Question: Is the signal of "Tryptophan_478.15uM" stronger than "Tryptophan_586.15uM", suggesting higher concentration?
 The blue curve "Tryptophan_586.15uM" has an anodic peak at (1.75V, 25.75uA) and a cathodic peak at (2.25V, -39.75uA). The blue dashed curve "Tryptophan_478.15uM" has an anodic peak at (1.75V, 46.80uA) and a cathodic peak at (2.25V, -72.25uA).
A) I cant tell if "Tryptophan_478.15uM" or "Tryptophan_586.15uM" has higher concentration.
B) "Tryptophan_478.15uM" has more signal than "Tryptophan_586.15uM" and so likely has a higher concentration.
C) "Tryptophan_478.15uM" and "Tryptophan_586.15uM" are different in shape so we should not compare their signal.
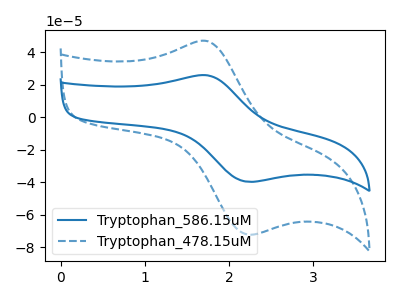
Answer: <think>All the peaks in "Tryptophan_478.15uM" have a peak in "Tryptophan_586.15uM" at the same potential. Every peak in "Tryptophan_478.15uM" is higher than every peak in "Tryptophan_586.15uM".
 </think>
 <answer>B) "Tryptophan_478.15uM" has more signal than "Tryptophan_586.15uM" and so likely has a higher concentration.</answer>
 <eval>B</eval>